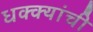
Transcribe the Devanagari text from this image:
धक्क्यांची